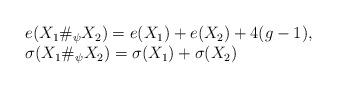
LaTeX: \begin{align*}\begin{array}{l}e(X_1 \#_{\psi} X_2)=e(X_1)+e(X_2)+4(g-1), \\ \sigma(X_1 \#_{\psi} X_2)=\sigma(X_1)+ \sigma (X_2)\end{array}\end{align*}